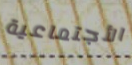
الأجتماعية